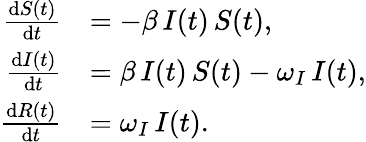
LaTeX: \begin{array}{rl}{\frac{\mathrm{d}S(t)}{\mathrm{d}t}}&{=-\beta\, I(t)\, S(t),}\\ {\frac{\mathrm{d}I(t)}{\mathrm{d}t}}&{=\beta\, I(t)\, S(t)-\omega_{I}\, I(t),}\\ {\frac{\mathrm{d}R(t)}{\mathrm{d}t}}&{=\omega_{I}\, I(t).}\end{array}